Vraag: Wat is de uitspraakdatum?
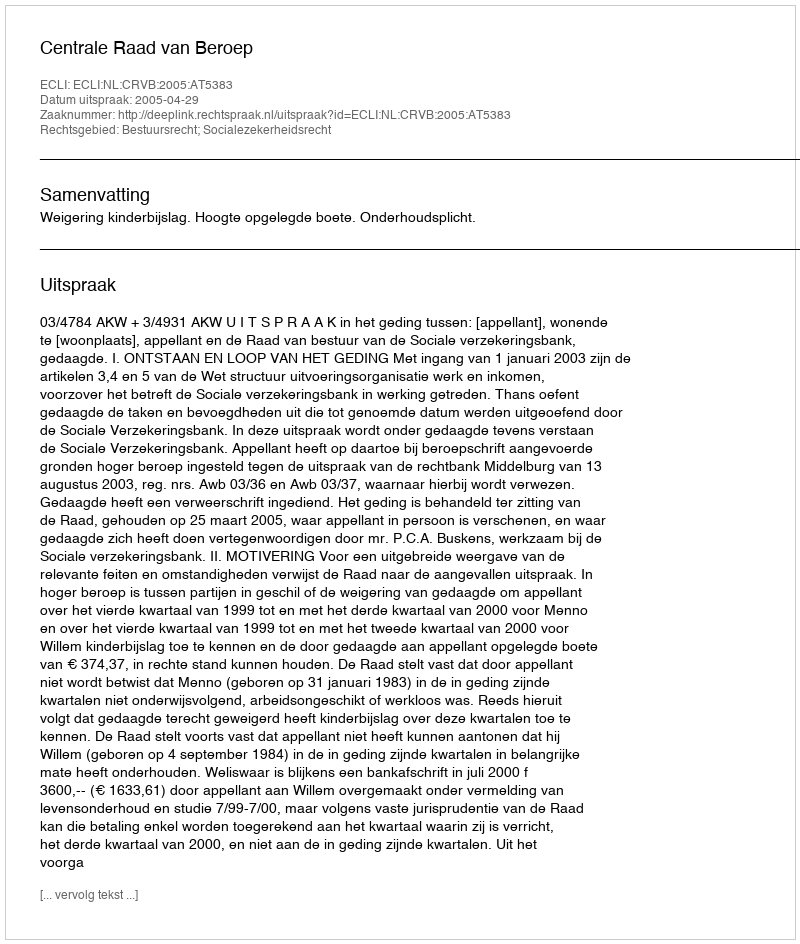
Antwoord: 2005-04-29